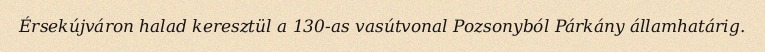
Érsekújváron halad keresztül a 130-as vasútvonal Pozsonyból Párkány államhatárig.